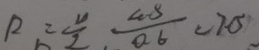
R = \frac { U } { I } \frac { 4 . 5 } { 0 . 6 } < 7 0